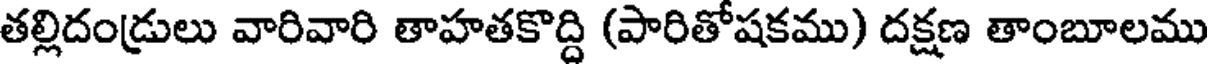
తల్లిదండ్రులు వారివారి తాహతకొద్ది (పారితోషకము) దక్షణ తాంబూలము